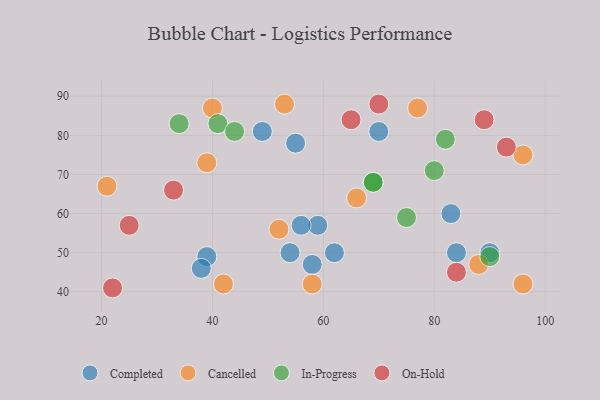
{"axis": {"x": "GDP", "y": "Life Expectancy"}, "legend": ["Cancelled", "Completed", "In-Progress", "On-Hold"], "data": [{"x": "84", "y": 50, "type": "Completed"}, {"x": "90", "y": 50, "type": "Completed"}, {"x": "59", "y": 57, "type": "Completed"}, {"x": "55", "y": 78, "type": "Completed"}, {"x": "39", "y": 49, "type": "Completed"}, {"x": "54", "y": 50, "type": "Completed"}, {"x": "62", "y": 50, "type": "Completed"}, {"x": "49", "y": 81, "type": "Completed"}, {"x": "83", "y": 60, "type": "Completed"}, {"x": "56", "y": 57, "type": "Completed"}, {"x": "38", "y": 46, "type": "Completed"}, {"x": "58", "y": 47, "type": "Completed"}, {"x": "70", "y": 81, "type": "Completed"}, {"x": "96", "y": 42, "type": "Cancelled"}, {"x": "52", "y": 56, "type": "Cancelled"}, {"x": "58", "y": 42, "type": "Cancelled"}, {"x": "66", "y": 64, "type": "Cancelled"}, {"x": "40", "y": 87, "type": "Cancelled"}, {"x": "96", "y": 75, "type": "Cancelled"}, {"x": "21", "y": 67, "type": "Cancelled"}, {"x": "39", "y": 73, "type": "Cancelled"}, {"x": "53", "y": 88, "type": "Cancelled"}, {"x": "77", "y": 87, "type": "Cancelled"}, {"x": "42", "y": 42, "type": "Cancelled"}, {"x": "88", "y": 47, "type": "Cancelled"}, {"x": "34", "y": 83, "type": "In-Progress"}, {"x": "90", "y": 49, "type": "In-Progress"}, {"x": "69", "y": 68, "type": "In-Progress"}, {"x": "69", "y": 68, "type": "In-Progress"}, {"x": "80", "y": 71, "type": "In-Progress"}, {"x": "41", "y": 83, "type": "In-Progress"}, {"x": "82", "y": 79, "type": "In-Progress"}, {"x": "75", "y": 59, "type": "In-Progress"}, {"x": "44", "y": 81, "type": "In-Progress"}, {"x": "25", "y": 57, "type": "On-Hold"}, {"x": "70", "y": 88, "type": "On-Hold"}, {"x": "22", "y": 41, "type": "On-Hold"}, {"x": "33", "y": 66, "type": "On-Hold"}, {"x": "84", "y": 45, "type": "On-Hold"}, {"x": "89", "y": 84, "type": "On-Hold"}, {"x": "93", "y": 77, "type": "On-Hold"}, {"x": "65", "y": 84, "type": "On-Hold"}]}